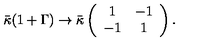
\bar { \kappa } ( 1 + \Gamma ) \to \bar { \kappa } \left( \begin{array} { c c } { 1 } & { - 1 } \\ { - 1 } & { 1 } \\ \end{array} \right) .